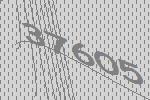
37605